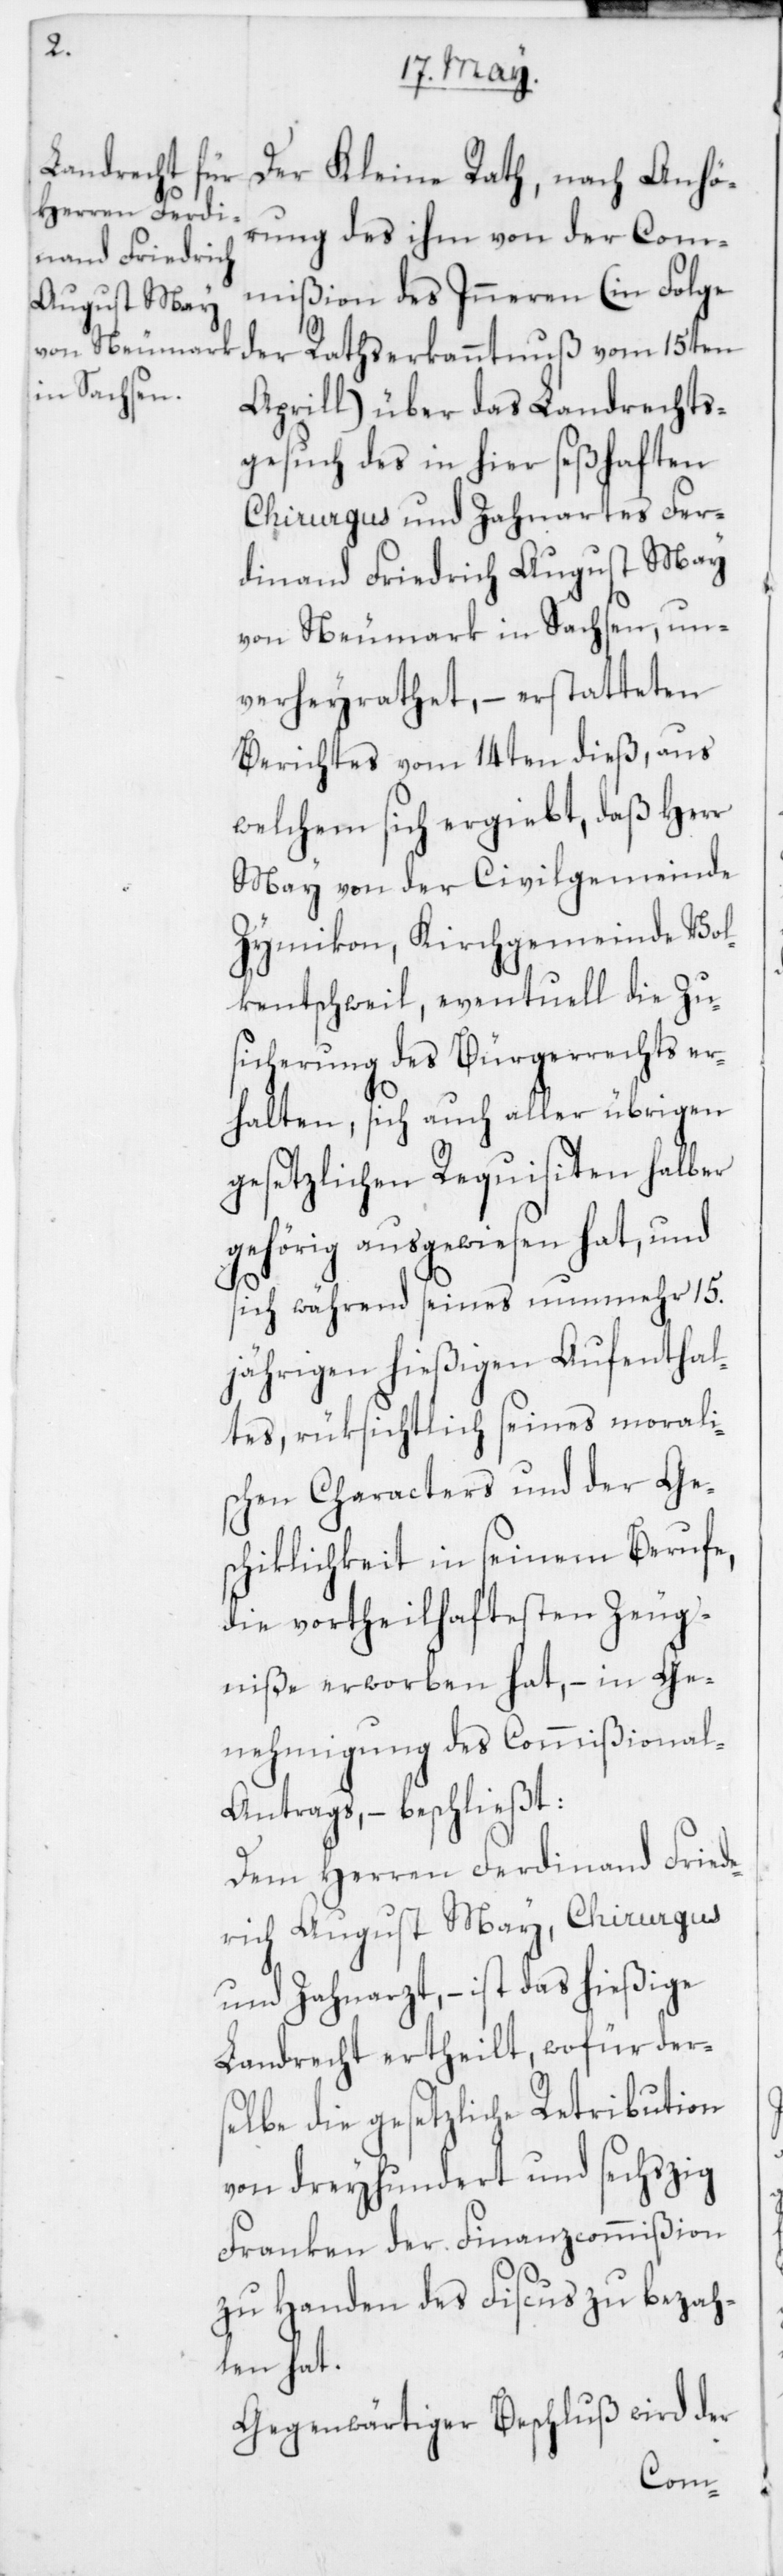
Der Kleine Rath, nach Anhö¬
rung des ihm von der Com¬
mißion des Inneren (in Folge
der Rathserkanntnuß vom 15ten
Aprill) über das Landrechts¬
gesuch des in hier seßhaften
Chirurgus und Zahnar[z]tes Fer¬
dinand Friedrich August May
von Neumark in Sachsen, un¬
verheyrathet, – erstatteten
Berichtes vom 14ten dieß, aus
welchem sich ergiebt, daß Herr
May von der Civilgemeinde
Zymikon, Kirchgemeinde Vol¬
kentschweil, eventuell die Zu¬
sicherung des Bürgerrechts er¬
halten, sich auch aller übrigen
gesetzlichen Requisiten halber
gehörig ausgewiesen hat, und
sich während seines nunmehr 15.
jährigen hießigen Aufenthal¬
tes, rüksichtlich seines morali¬
schen Characters und der Ge¬
schiklichkeit in seinem Berufe,
die vortheilhaftesten Zeug¬
niße erworben hat, – in Ge¬
nehmigung des Commißiona¬
l-Antrags – beschließt:
Dem Herren Ferdinand Fried¬
rich August May, Chirurgus
und Zahnarzt, – ist das hießige
Landrecht ertheilt, wofür ders¬
elbe die gesetzliche Retribution
von dreyhundert und sechszig
Franken der Finanzcommißion
zu Handen des Fiscus zu bezah¬
len hat.
Gegenwärtiger Beschluß wird der